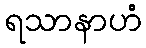
ရသာနာဟံ